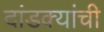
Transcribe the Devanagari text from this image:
दांडक्यांची